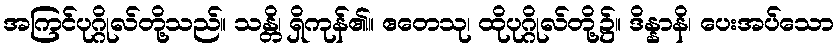
အကြင်ပုဂ္ဂိုလ်တို့သည်။ သန္တိ၊ ရှိကုန်၏။ ဧတေသု၊ ထိုပုဂ္ဂိုလ်တို့၌။ ဒိန္နာနိ၊ ပေးအပ်သော